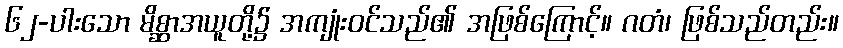
၆၂-ပါးသော မိစ္ဆာအယူတို့၌ အကျုံးဝင်သည်၏ အဖြစ်ကြောင့်။ ဂတံ၊ ဖြစ်သည်တည်း။